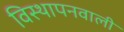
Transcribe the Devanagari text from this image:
विस्थापनवाली